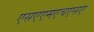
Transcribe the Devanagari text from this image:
एसएएमएचएसए